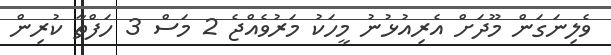
ވެލިނަގަން މޫދަށް އެރިއުޅުނު މީހަކު މަރުވެއްޖެ 2 މަސް 3 ހަފްތާ ކުރިން